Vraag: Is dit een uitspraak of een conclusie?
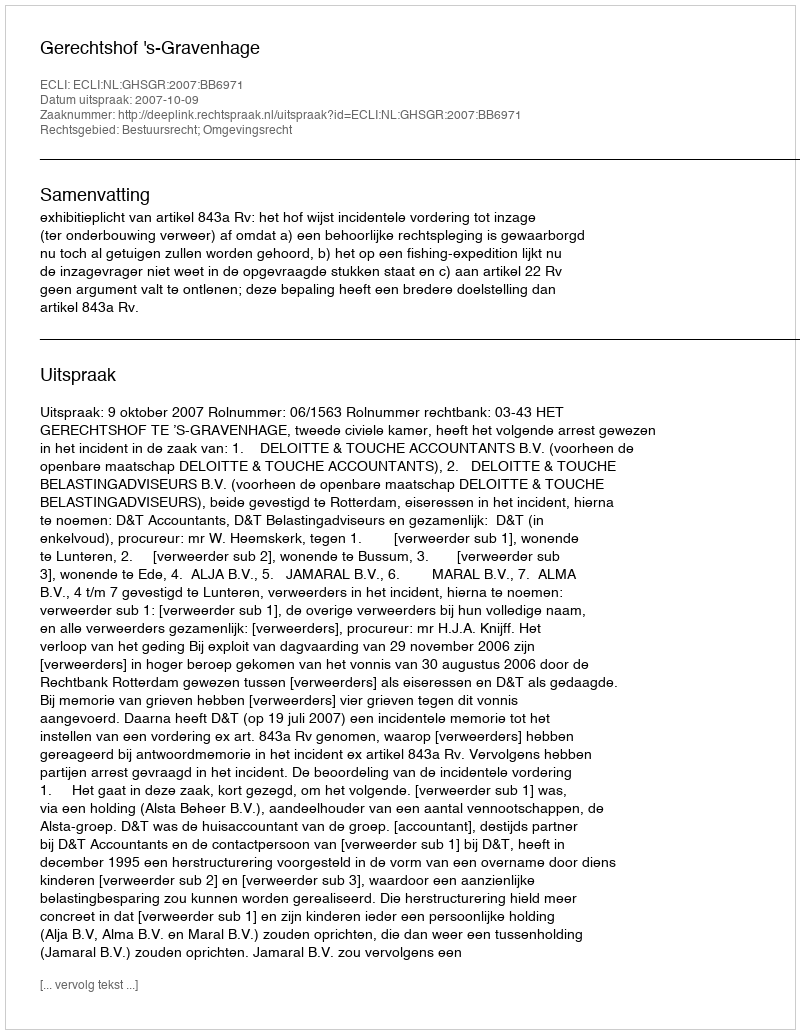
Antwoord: Uitspraak